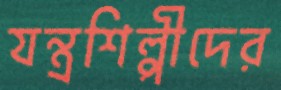
যন্ত্রশিল্পীদের